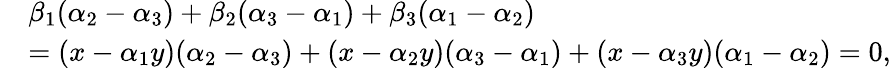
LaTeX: \begin{array}{rl}&{\beta_{1}(\alpha_{2}-\alpha_{3})+\beta_{2}(\alpha_{3}-\alpha_{1})+\beta_{3}(\alpha_{1}-\alpha_{2})}\\ &{=(x-\alpha_{1}y)(\alpha_{2}-\alpha_{3})+(x-\alpha_{2}y)(\alpha_{3}-\alpha_{1})+(x-\alpha_{3}y)(\alpha_{1}-\alpha_{2})=0,}\end{array}